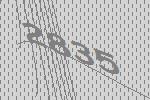
2835